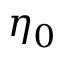
\eta _ { 0 }